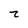
Character: z